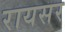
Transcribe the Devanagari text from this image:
रायसर